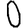
Digit: 0